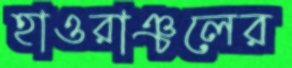
হাওরাঞ্চলের